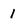
Character: I